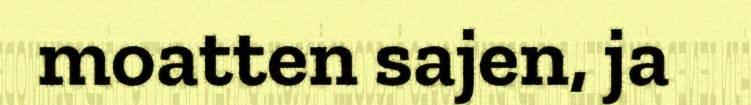
moatten sajen, ja